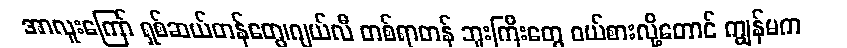
အာလူးကြော် ရှစ်ဆယ်တန်တွေ၊ဂျယ်လီ တစ်ရာတန် ဘူးကြီးတွေ ဝယ်စားလို့တောင် ကျွန်မက